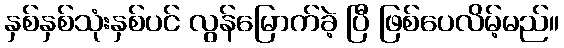
နှစ်နှစ်သုံးနှစ်ပင် လွန်မြောက်ခဲ့ ပြီ ဖြစ်ပေလိမ့်မည်။